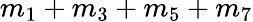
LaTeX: m_{1}+m_{3}+m_{5}+m_{7}